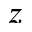
z